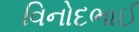
વિનોદભાઈ